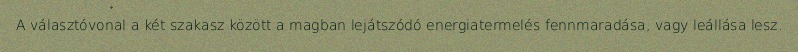
A választóvonal a két szakasz között a magban lejátszódó energiatermelés fennmaradása, vagy leállása lesz.